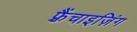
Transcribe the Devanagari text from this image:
फ़्रैंचाइज़िंग